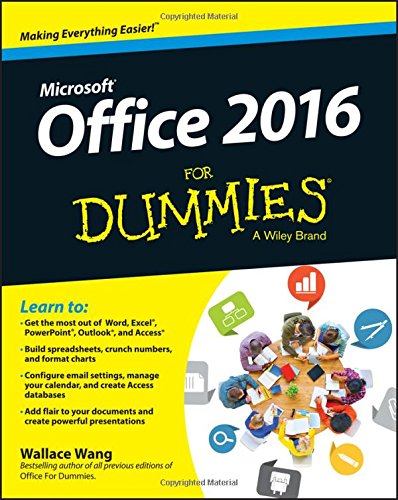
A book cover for Office 2016 For Dummies (For Dummies (Computer/Tech)); Wallace Wang; Computers & Technology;